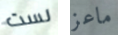
لست ماعز